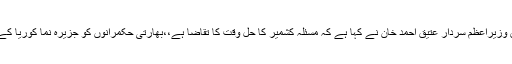
03 مئی2018ء) آل جموں وکشمیر مسلم کانفرنس کے صدر وسابق وزیراعظم سردار عتیق احمد خان نے کہا ہے کہ مسئلہ کشمیر کا حل وقت کا تقاضا ہے،،بھارتی حکمرانوں کو جزیرہ نما کوریا کے رہنمائوں سے سبق سیکھ کر مقبولیت کا راستہ اختیار کرنا چاہئے۔